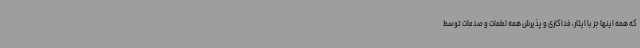
که همه اینها جز با ایثار، فداکاری و پذیرش همه لطمات و صدمات توسط